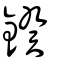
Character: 鍨